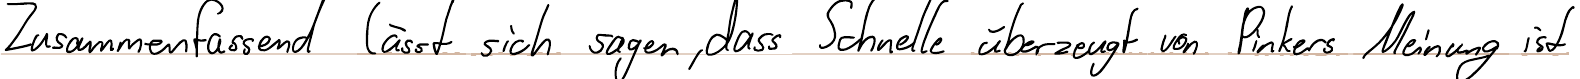
Zusammenfassend lässt sich sagen, dass Schnelle überzeugt von Pinkers Meinung ist